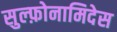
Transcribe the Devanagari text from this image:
सुल्फ़ोनामिदेस